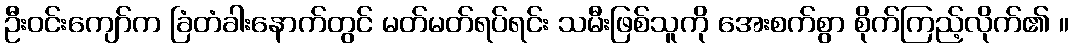
ဦးဝင်းကျော်က ခြံတံခါးနောက်တွင် မတ်မတ်ရပ်ရင်း သမီးဖြစ်သူကို အေးစက်စွာ စိုက်ကြည့်လိုက်၏ ။